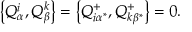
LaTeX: \left\{ Q _ { \alpha } ^ { i } , Q _ { \beta } ^ { k } \right\} = \left\{ Q _ { i \alpha ^ { * } } ^ { + } , Q _ { k \beta ^ { * } } ^ { + } \right\} = 0 .